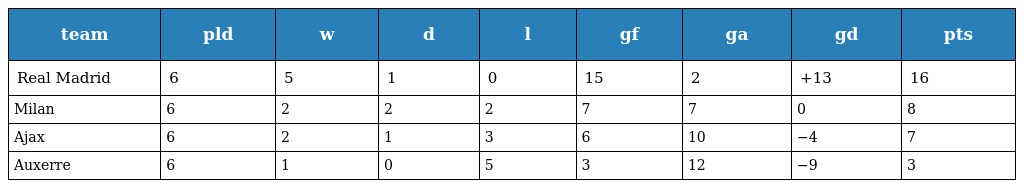
| team | pld | w | d | l | gf | ga | gd | pts |
 | --- | --- | --- | --- | --- | --- | --- | --- | --- |
 | Real Madrid | 6 | 5 | 1 | 0 | 15 | 2 | +13 | 16 |
 | Milan | 6 | 2 | 2 | 2 | 7 | 7 | 0 | 8 |
 | Ajax | 6 | 2 | 1 | 3 | 6 | 10 | −4 | 7 |
 | Auxerre | 6 | 1 | 0 | 5 | 3 | 12 | −9 | 3 |